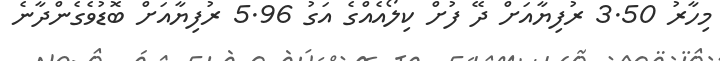
މިހާރު 3.50 ރުފިޔާއަށް ދޭ ފުށް ކިލޯއެއްގެ އަގު 5.96 ރުފިޔާއަށް ބޮޑުވެގެންދާނެ